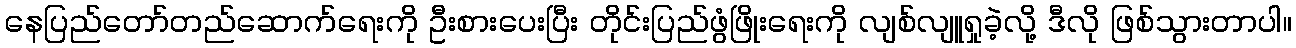
နေပြည်တော်တည်ဆောက်ရေးကို ဦးစားပေးပြီး တိုင်းပြည်ဖွံဖြိုးရေးကို လျစ်လျူရှုခဲ့လို့ ဒီလို ဖြစ်သွားတာပါ။